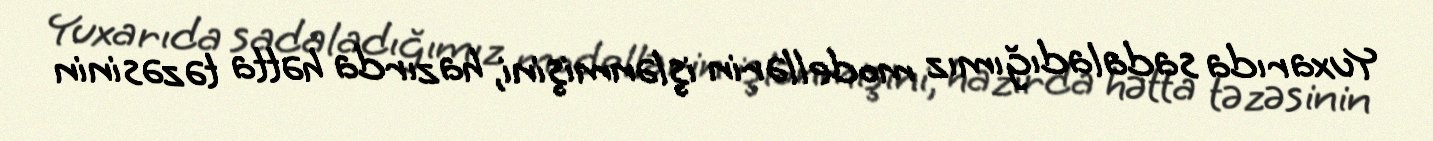
Yuxarıda sadaladığımız modellərin işlənmişini, hazırda hətta təzəsinin